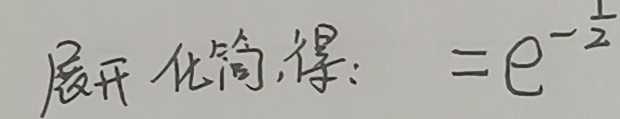
展开化简,得: $=e^{-\frac{1}{2}}$